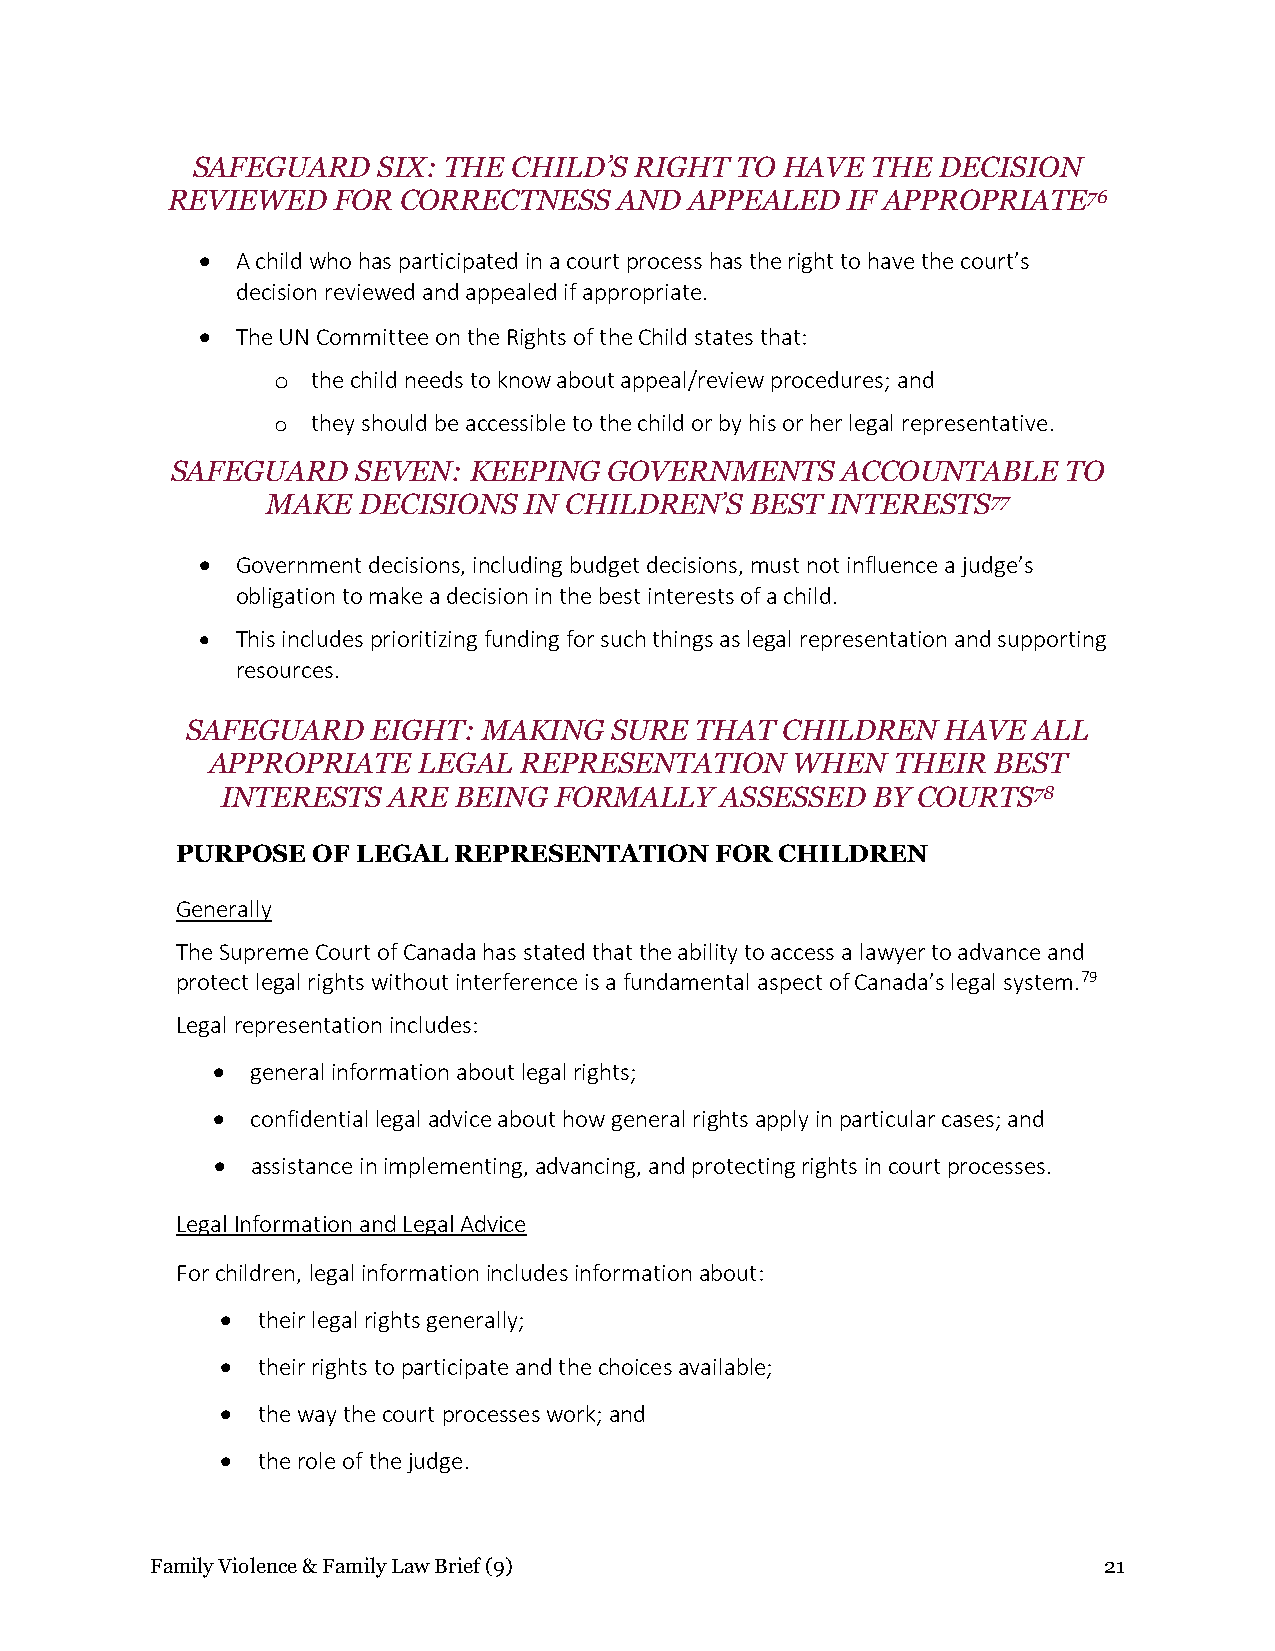
SAFEGUARD   SIX: THE CHILD’S RIGHT  TO HAVE  THE DECISION
 REVIEWED   FOR CORRECTNESS    AND  APPEALED  IF APPROPRIATE76
 •  A child who has participated in a court process has the right to have the court’s
 decision reviewed and appealed if appropriate.
 •  The UN Committee on the Rights of the Child states that:
 o  the child needs to know about appeal/review procedures; and
 o  they should be accessible to the child or by his or her legal representative.
 SAFEGUARD    SEVEN: KEEPING  GOVERNMENTS     ACCOUNTABLE   TO
 MAKE  DECISIONS  IN CHILDREN’S  BEST INTERESTS77
 •  Government decisions, including budget decisions, must not influence a judge’s
 obligation to make a decision in the best interests of a child.
 •  This includes prioritizing funding for such things as legal representation and supporting
 resources.
 SAFEGUARD    EIGHT: MAKING  SURE  THAT  CHILDREN   HAVE ALL
 APPROPRIATE   LEGAL REPRESENTATION     WHEN  THEIR  BEST
 INTERESTS  ARE BEING  FORMALLY   ASSESSED  BY COURTS78
 PURPOSE  OF LEGAL REPRESENTATION   FOR  CHILDREN
 Generally
 The Supreme Court of Canada has stated that the ability to access a lawyer to advance and
 protect legal rights without interference is a fundamental aspect of Canada’s legal system.79
 Legal representation includes:
 •  general information about legal rights;
 •  confidential legal advice about how general rights apply in particular cases; and
 •  assistance in implementing, advancing, and protecting rights in court processes.
 Legal Information and Legal Advice
 For children, legal information includes information about:
 • their legal rights generally;
 • their rights to participate and the choices available;
 • the way the court processes work; and
 • the role of the judge.
 Family Violence & Family Law Brief (9)                         21